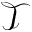
\mathcal { T }